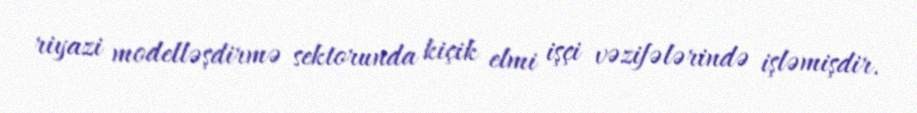
riyazi modelləşdirmə sektorunda kiçik elmi işçi vəzifələrində işləmişdir.